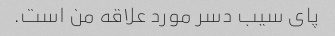
پای سیب دسر مورد علاقه من است.